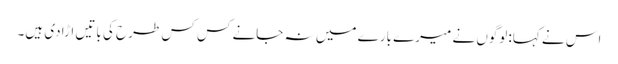
اس نے کہا:لوگوں نے میرے بارے میں نہ جانے کس کس طرح کی باتیں اڑادی ہیں۔